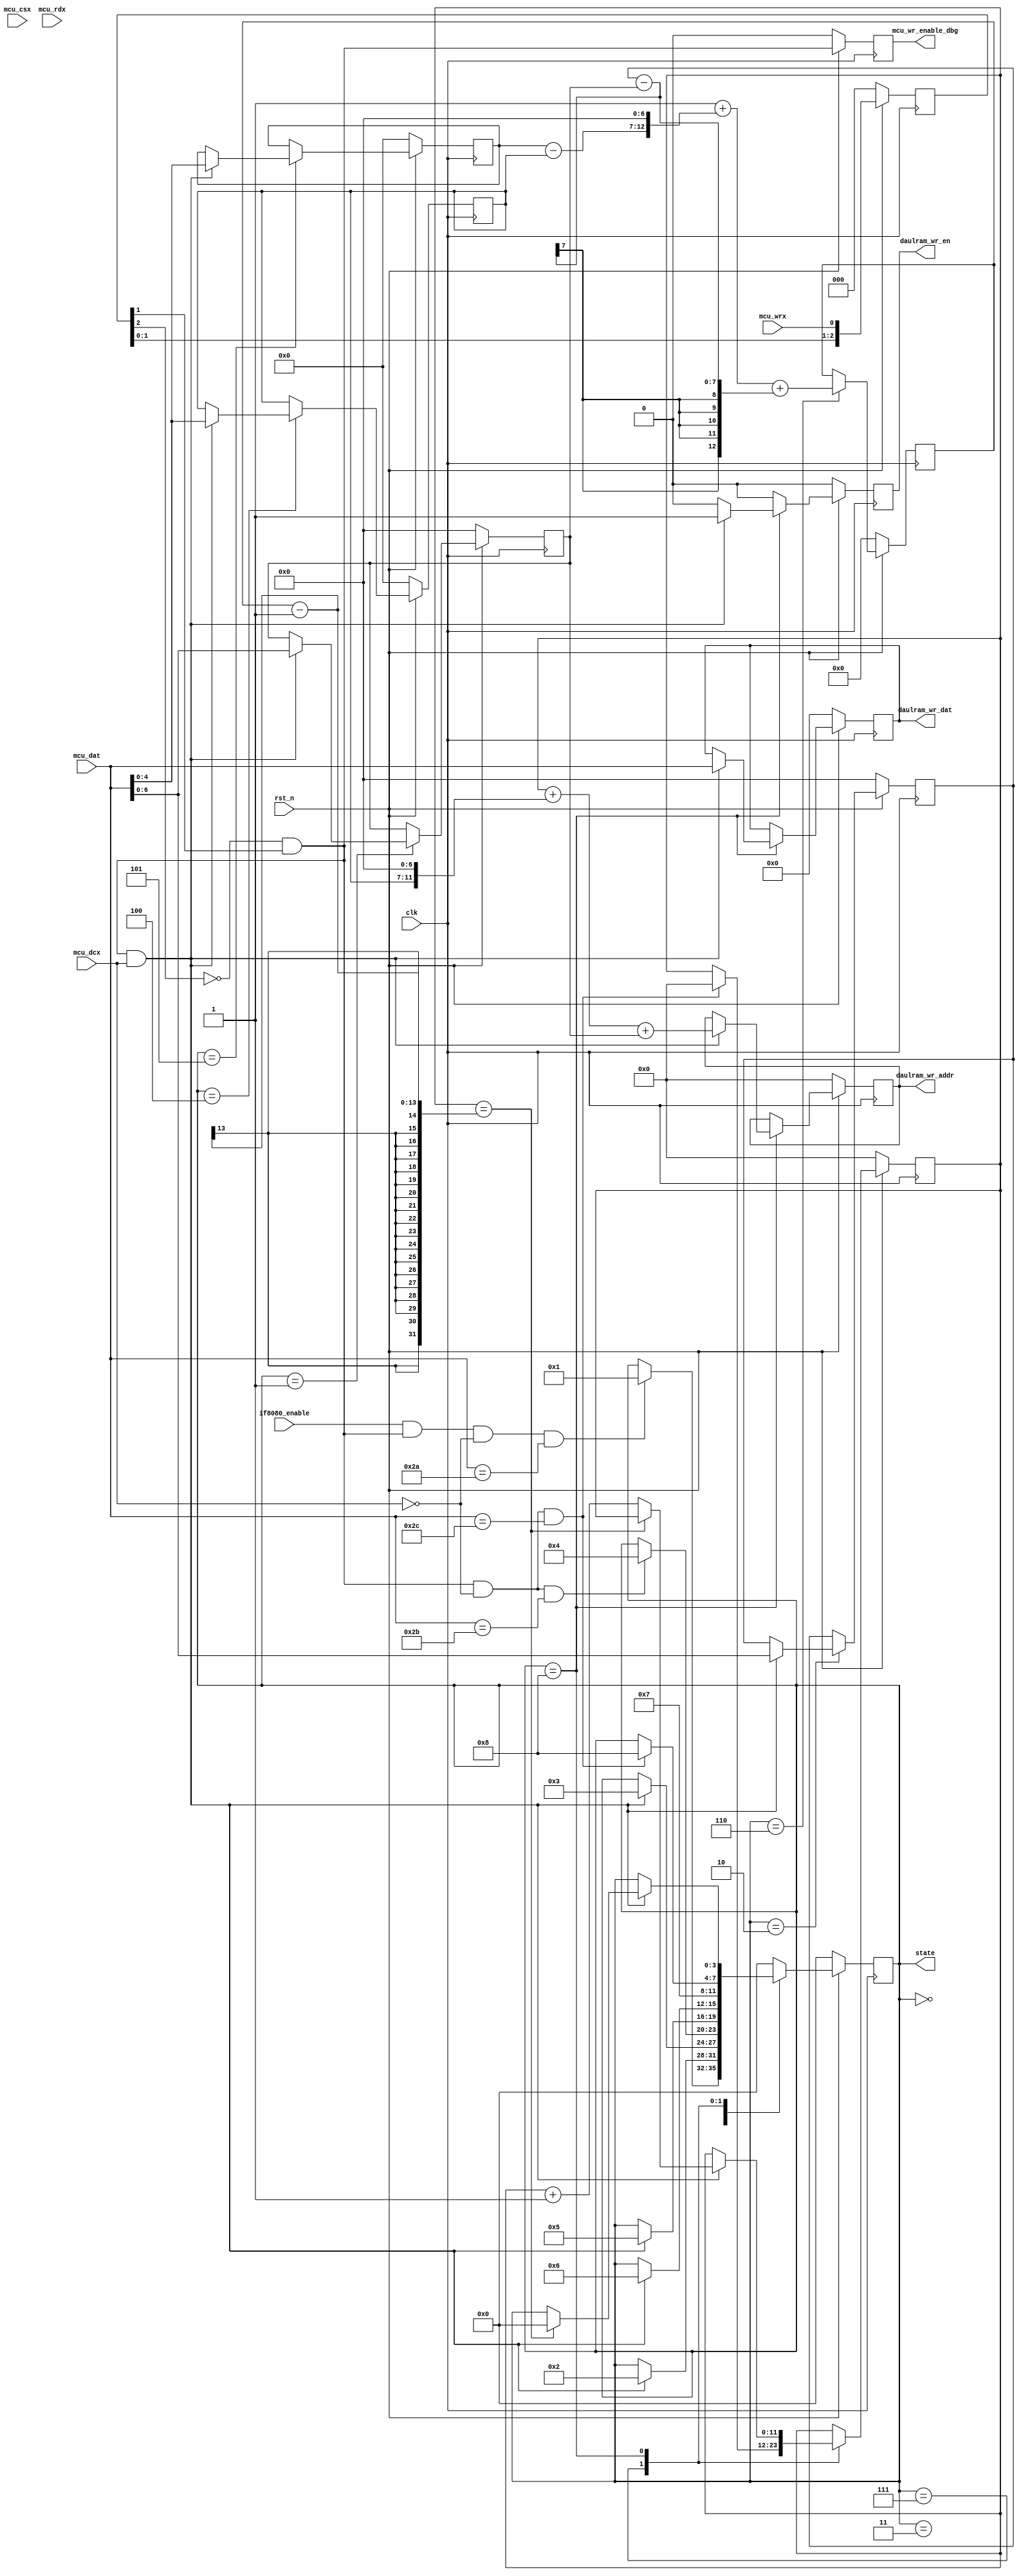
//=============================================================================================
// Module:   MCU 8080 interface
// Describe: Storage MCU 8080 signal to Dual-Port-RAM
// Notes:    
//=============================================================================================

module if8080
(
	clk,
	rst_n,
	
	// mcu 8080 interface
	mcu_csx,
	mcu_wrx,
	mcu_rdx, // not used
	mcu_dat,
	mcu_dcx,
	
	// module enable
	if8080_enable,
	
	daulram_wr_en,
	daulram_wr_dat,
	daulram_wr_addr,
	
	state,
	mcu_wr_enable_dbg
	
);

	//`define     SW24X48  // use pixel 32x48
	parameter   COL_NUM_LOG2 = 7;

	input				clk;   // 100M
	input				rst_n;
	
	// mcu 8080 interface
	input				mcu_csx;
	input				mcu_wrx;
	input				mcu_rdx;
	input	[15:0]		mcu_dat;
	input				mcu_dcx;
	
	// module enable
	input				if8080_enable;

	output							daulram_wr_en;
	output	[15:0]					daulram_wr_dat;
	output	[COL_NUM_LOG2+4:0]		daulram_wr_addr;
	
	output  [3:0]		state;
	
	output	reg			mcu_wr_enable_dbg;
	
	localparam  IDLE         = 0,
				CMDX1        = 1,
				CMDX2        = 2,
				CMDY_START   = 3,
				CMDY1        = 4,
				CMDY2        = 5,
				WAIT         = 6,
				DATA_START   = 7,
				DATA         = 8;
	
	// detect the rising edge
	reg	[2:0]	mcu_wrx_dly;
	always @(posedge clk)
	begin
		if(!rst_n)
			mcu_wrx_dly <= 0;
		else
			mcu_wrx_dly <= {mcu_wrx_dly[1:0],mcu_wrx};
	end
	
	wire mcu_wr_enable = (!mcu_wrx_dly[2]) & mcu_wrx_dly[1];
	
	
	reg		[3:0]				state,state_next;
	reg		[COL_NUM_LOG2+4:0]	pixel_cnt,pixel_cnt_next;
	reg     [COL_NUM_LOG2-1:0]  pixel_startx,pixel_startx_next;
	reg     [COL_NUM_LOG2-1:0]  pixel_endx,pixel_endx_next;
	reg     [ 4:0]  			pixel_starty,pixel_starty_next;
	reg     [ 4:0]  			pixel_endy,pixel_endy_next;
	reg     [COL_NUM_LOG2+5:0]  pixel_number,pixel_number_next;
	
	reg							daulram_wr_en,daulram_wr_en_next;
	reg		[15:0]				daulram_wr_dat,daulram_wr_dat_next;
	reg		[COL_NUM_LOG2+4:0]	daulram_wr_addr,daulram_wr_addr_next;
	
	
	always @(posedge clk)
	begin
		if(!rst_n)
		begin
			state            <= IDLE;
			
			pixel_cnt        <= 0;
			pixel_startx     <= 0;
			pixel_endx       <= 0;
			pixel_starty     <= 0;
			pixel_endy       <= 0;
			pixel_number     <= 0;
			
			daulram_wr_dat   <= 0;
			daulram_wr_en    <= 0;
			daulram_wr_addr  <= 0;
		end
		else
		begin
			state            <= state_next;
			
			pixel_cnt        <= pixel_cnt_next;
			pixel_startx     <= pixel_startx_next;
			pixel_endx       <= pixel_endx_next;
			pixel_starty     <= pixel_starty_next;
			pixel_endy       <= pixel_endy_next;
			pixel_number     <= pixel_number_next;

			daulram_wr_dat   <= daulram_wr_dat_next;
			daulram_wr_en    <= daulram_wr_en_next;
			daulram_wr_addr  <= daulram_wr_addr_next;
		end
	end
	
	always @ *
	begin
		// default
		state_next        = state;

		pixel_cnt_next    = pixel_cnt;
		pixel_startx_next = pixel_startx;
		pixel_endx_next   = pixel_endx;
		pixel_starty_next = pixel_starty;
		pixel_endy_next   = pixel_endy;
		pixel_number_next = pixel_number;
		
		daulram_wr_dat_next  = daulram_wr_dat;
		daulram_wr_en_next   = 0;
		daulram_wr_addr_next = daulram_wr_addr;
		
		
		case(state)
			IDLE:
			begin
				if( if8080_enable & mcu_wr_enable & (mcu_dcx == 0) & (mcu_dat==16'h002a) )
					state_next = CMDX1;
			end
			
			CMDX1: // start of coordinate-x
			begin
				if(mcu_wr_enable & (mcu_dcx == 1))
				begin
					state_next = CMDX2;
					pixel_startx_next = mcu_dat;
				end
			end
			
			CMDX2: // end of coordinate-x
			begin
				if(mcu_wr_enable & (mcu_dcx == 1))
				begin
					state_next = CMDY_START;
					pixel_endx_next = mcu_dat;
				end
			end
			
			CMDY_START: // detect the recv of coordinate-y
			begin
				if( mcu_wr_enable & (mcu_dcx == 0) & (mcu_dat == 16'h002b) )
					state_next = CMDY1;	
			end
			
			CMDY1: // start of coordinate-y
			begin
				if(mcu_wr_enable & (mcu_dcx == 1))
				begin
					state_next = CMDY2;
					`ifdef SW24X48  // use pixel 32x48
						pixel_starty_next = (mcu_dat > 11) ? mcu_dat + 4 : mcu_dat;
					`else
						pixel_starty_next = mcu_dat;
					`endif
				end
			end
			
			CMDY2: // end of coordinate-y
			begin
				if(mcu_wr_enable & (mcu_dcx == 1))
				begin
					state_next = WAIT;
					`ifdef SW24X48  // use pixel 32x48
						pixel_endy_next = (mcu_dat > 11) ? mcu_dat + 4 : mcu_dat;
					`else
						pixel_endy_next = mcu_dat;
					`endif
				end
			end
			
			WAIT: // wait a clk
			begin
				state_next = DATA_START;
				pixel_number_next = 1 + ( (pixel_endy - pixel_starty) << COL_NUM_LOG2 ) + (pixel_endx - pixel_startx);
			end
			DATA_START: // detect recv of pixel data
			begin
				if( mcu_wr_enable & (mcu_dcx == 0) & (mcu_dat == 16'h002c) )
				begin
					state_next = DATA;
					pixel_cnt_next = 0;			
				end
			end
			
			DATA: // recv pixel data
			begin
				if(mcu_wr_enable & (mcu_dcx == 1))
				begin
					if(pixel_cnt == pixel_number-1)
					begin
						state_next = IDLE;
					end
					else
					begin
						pixel_cnt_next = pixel_cnt + 1;
					end
					
					daulram_wr_dat_next  = mcu_dat;
					daulram_wr_en_next   = 1'b1;
					daulram_wr_addr_next = pixel_cnt + ( pixel_starty  << COL_NUM_LOG2 ) + pixel_startx;
				end
				else
					daulram_wr_en_next = 0;
				
			end
			
			default:
			begin
				state_next = IDLE;
			end
		
		endcase
	
	end
	
	
	// debug
	always @(posedge clk)
	begin
		if(!rst_n)
			mcu_wr_enable_dbg <= 0;
		else
			mcu_wr_enable_dbg <= mcu_wr_enable;
	end


endmodule